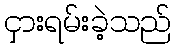
ငှားရမ်းခဲ့သည်